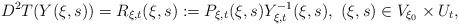
LaTeX: \begin{align*} D^2 T(Y( \xi,s))= R_{\xi,t}(\xi,s):= P_{\xi,t}(\xi,s)Y_{\xi,t}^{-1}(\xi,s),~ (\xi,s)\in V_{\xi_0}\times U_t,\end{align*}